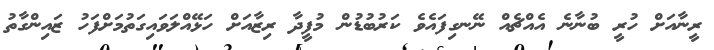
ރީނާއަށް ހުރީ ބުނާނެ އެއްޗެއް ނޭނގިފައެވެ ކަރުބުޑުން މުފީދާ ރިޒާއަށް ހަޅޭއްލަވައިގަތުމަށްފަހު ޒައިންގާތު